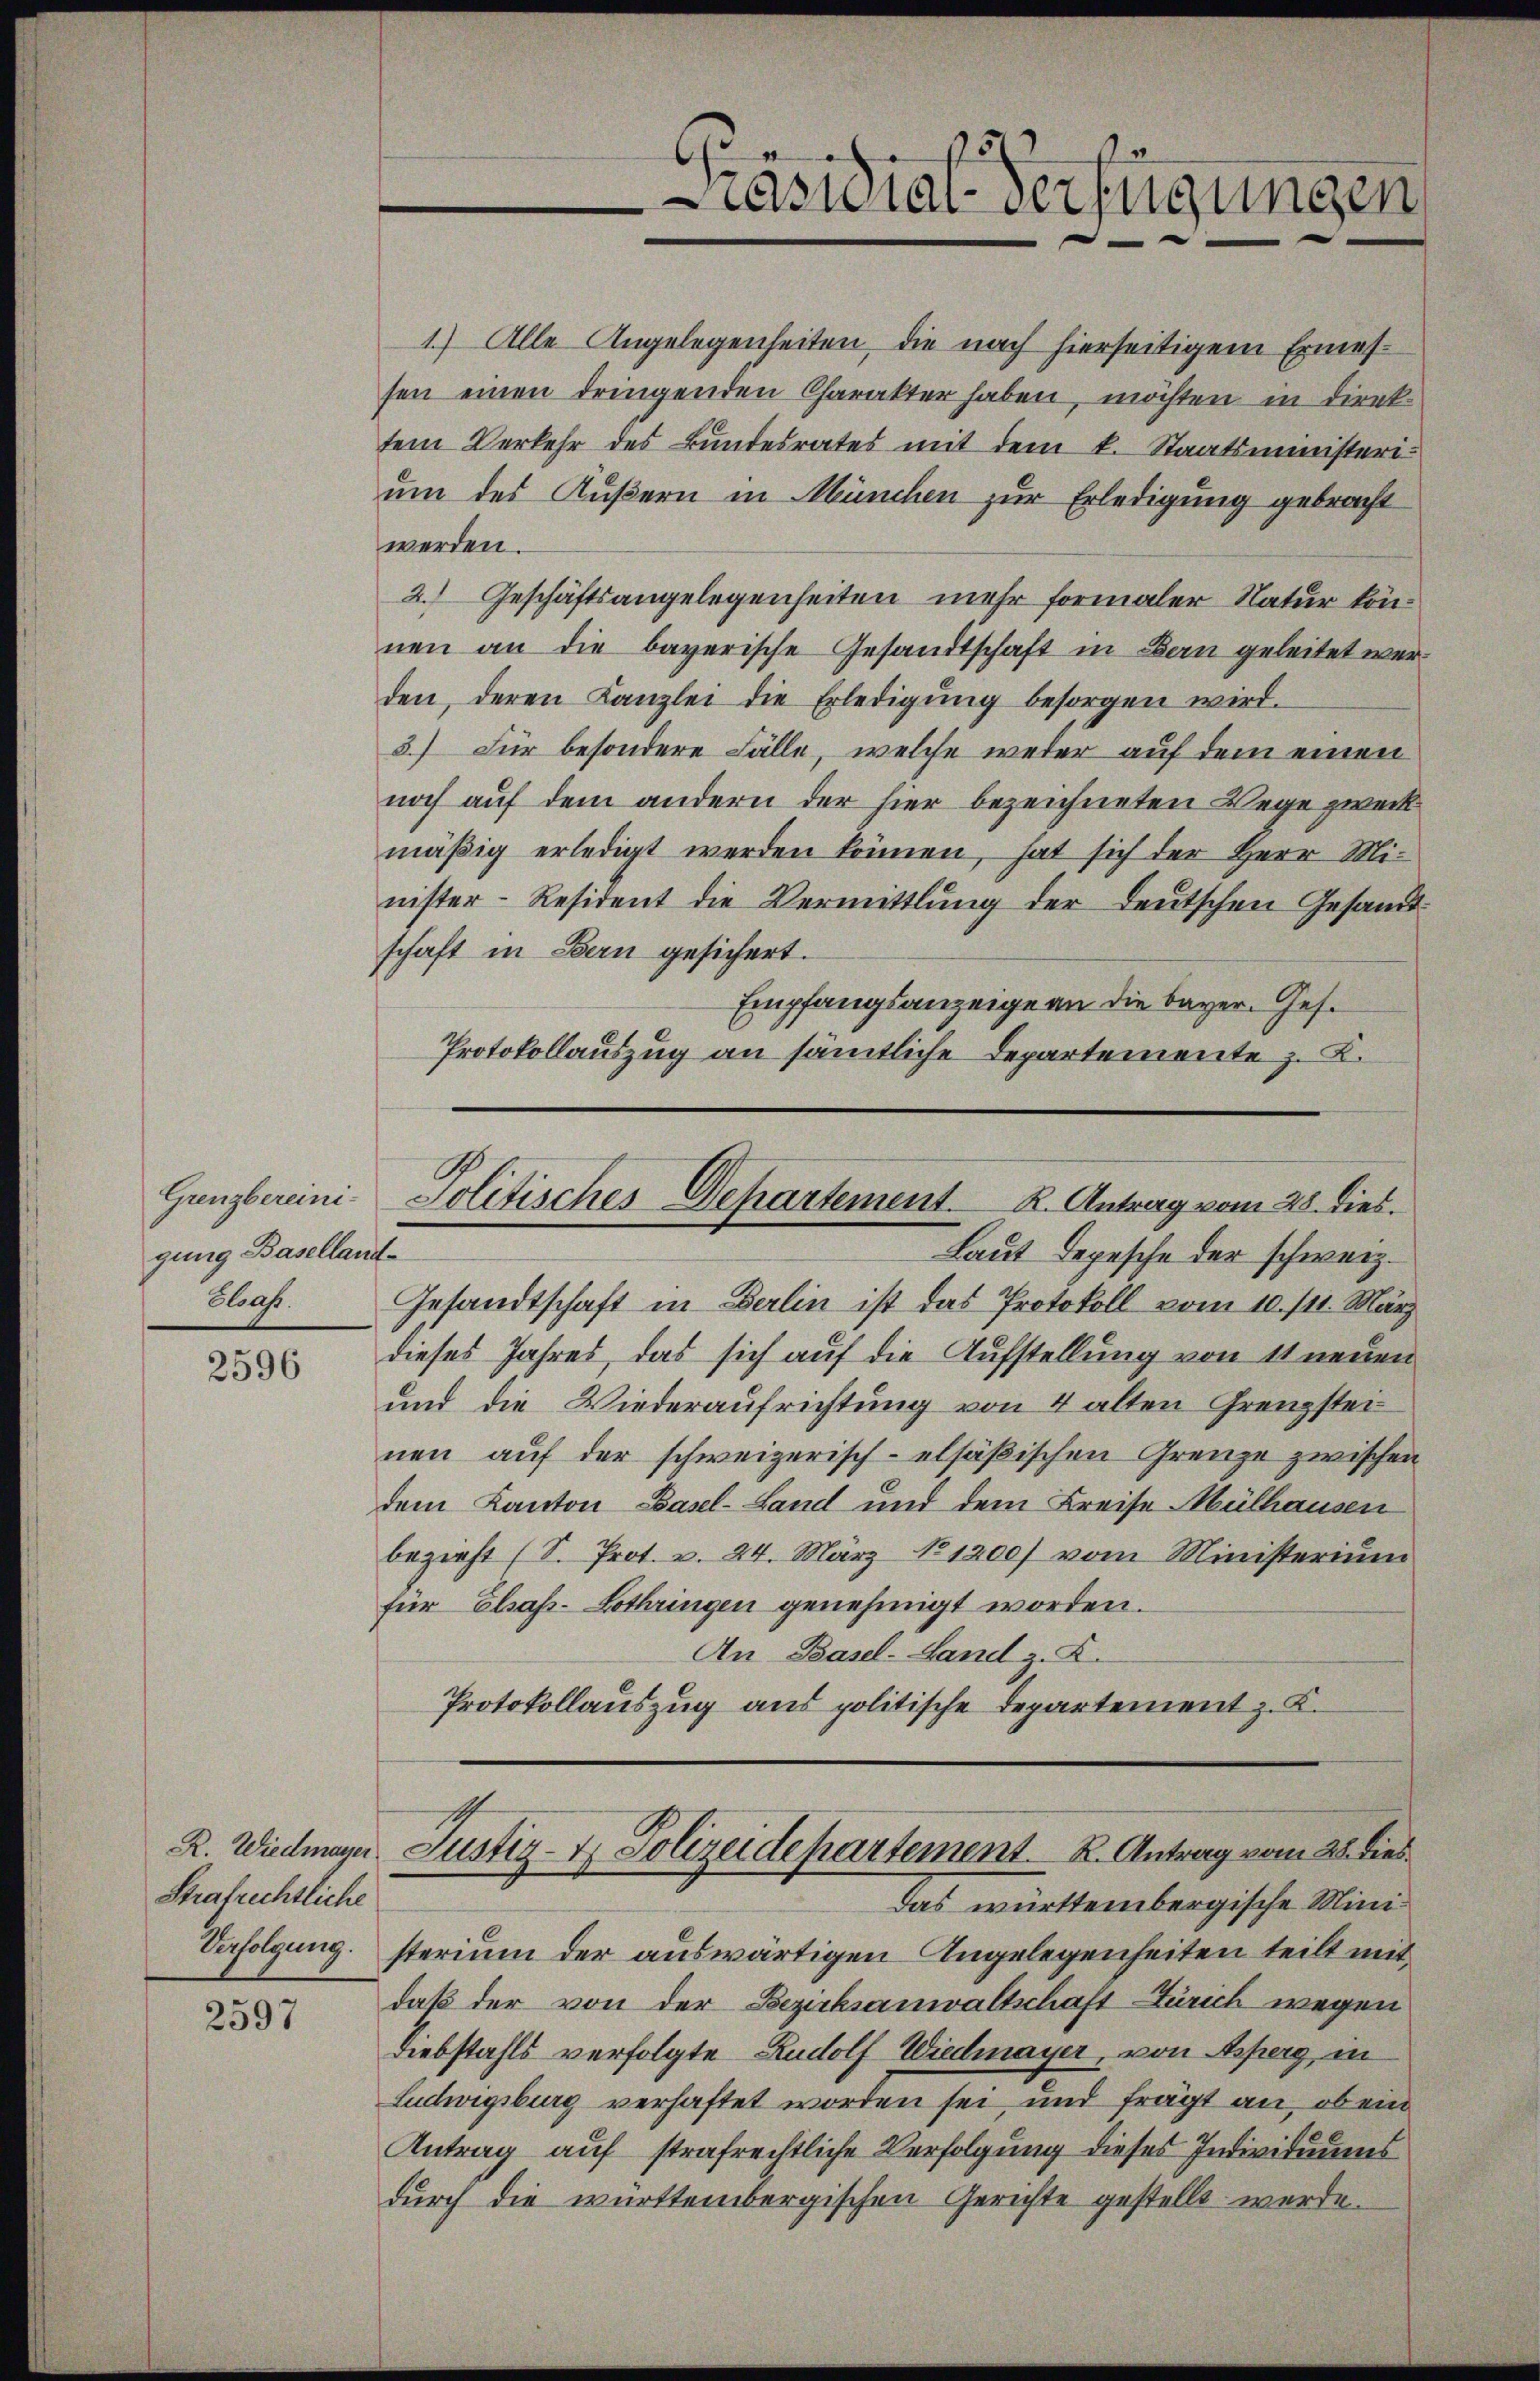
Grenzbereini-
gung Baselland-

2596

Strafrechtliche

2597

1) Alle Angelegenheiten die nach hierseitigem Ermessen einen dringenden Charakter haben, möchten in Direktem Verkehr des Bundesrates mit dem k. Staatsministerium des Äußern in München zur Erledigung gebracht
werden.
2. Geschäftsangelegenheiten mehr formaler Natur können an die bayerische Gesandtschaft in Bau geleitet werden, deren Kanzlei die Erledigŭng besorgen wird.
3) Für besondere Fälle, welche weder auf dem einen
noch auf dem andern der hier bezeichneten Wege zweck
mäβig erledigt werden können, hat sich der Herr Mi-
nister-Resident die Vermittlung der Leŭtschen Gesamt-
schaft in Bern gesichert.
Empfangsanzeige an die bayer. Ges.
Protokollauszug an sämtliche Departemente z. K.

räsidial-Verfügungen

Politisches Departement. K. Antrag vom 28. dies.

Laut Depesche der schweiz.
Elsass. Gesandtschaft in Berlin ist das Protokoll vom 10. 111. März
dieses Jahres, das sich auf die Aufstellung von 11 neuen
und die Wiederaufrichtung von 4 alten Grenzsteinen auf der schweizerisch-elsäßischen Grenze zwischen
dem Kanton Basel-Land und dem Breise Mülhausen
bezieht (S. Prot. v. 24. März No 1200) vom Ministerium
für Elsass-Lothringen genehmigt worden.
An Basel-Land z. Z.
Protokollauszug aus politische Departement z. K.

R. Wiedmann Justiz- & Polizeidepartement K. Antrag vom 28. dies
Das württembergische Mini¬

Verfolgung. sterium der auswärtigen Angelegenheiten teilt mit
daß der von der Bezirksanwaltschaft Zürich wegen
Diebstahls verfolgte Rudolf Wiedmayer, von Asperg in
Ludwigsburg verhaftet worden sei, und frägt an, ob ein
Antrag auf strafrechtliche Verfolgung dieses Individuums
durch die württembergischen Gerichte gestellt werde.